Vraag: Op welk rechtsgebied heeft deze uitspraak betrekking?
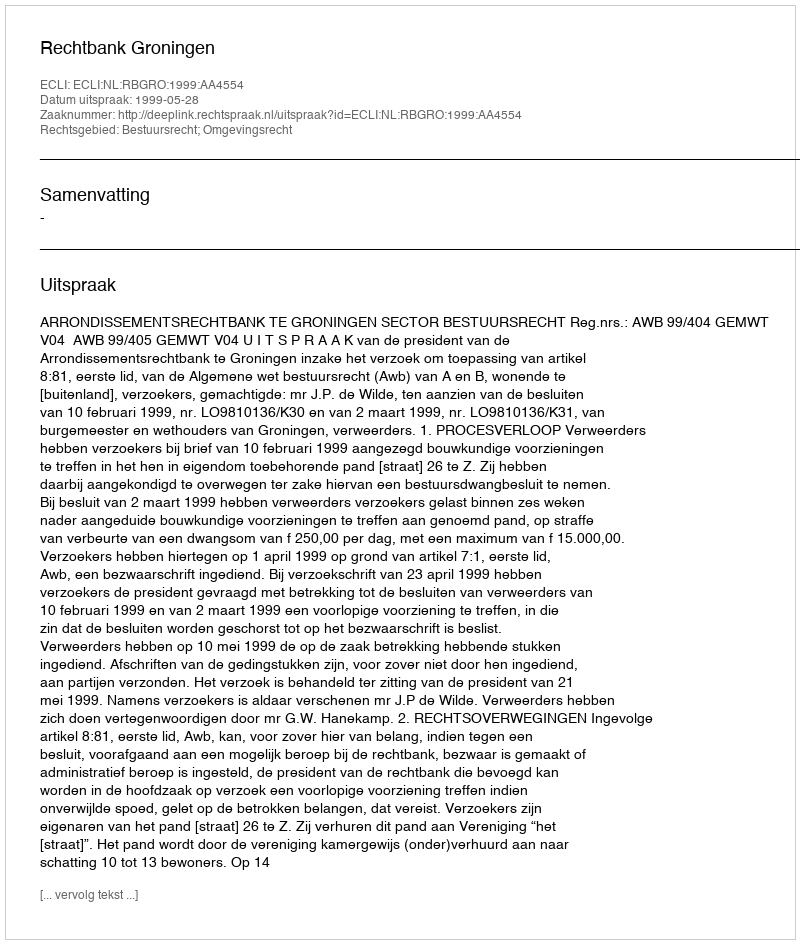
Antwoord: Bestuursrecht; Omgevingsrecht